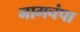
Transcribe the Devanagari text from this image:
नागचंपा